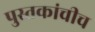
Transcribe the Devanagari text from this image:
पुस्तकांचीच